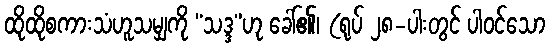
ထိုထိုစကားသံဟူသမျှကို “သဒ္ဒ”ဟု ခေါ်၏၊ (ရုပ် ၂၈-ပါးတွင် ပါဝင်သော